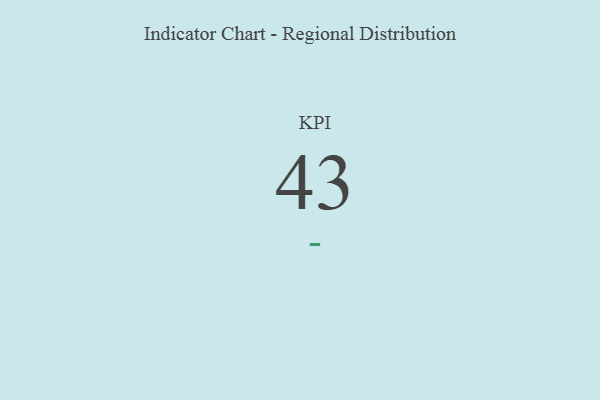
{"axis": {"x": "KPI", "y": "Value"}, "legend": [""], "data": [{"x": "KPI", "y": 43, "type": ""}]}